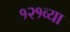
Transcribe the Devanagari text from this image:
१२१व्या